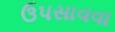
ઉપસાવવા